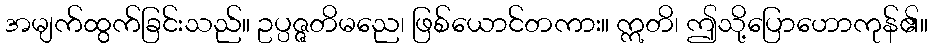
အမျက်ထွက်ခြင်းသည်။ ဥပ္ပဇ္ဇတိမညေ၊ ဖြစ်ယောင်တကား။ ဣတိ၊ ဤသို့ပြောဟောကုန်၏။